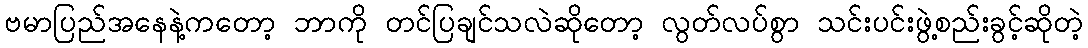
ဗမာပြည်အနေနဲ့ကတော့ ဘာကို တင်ပြချင်သလဲဆိုတော့ လွတ်လပ်စွာ သင်းပင်းဖွဲ့စည်းခွင့်ဆိုတဲ့